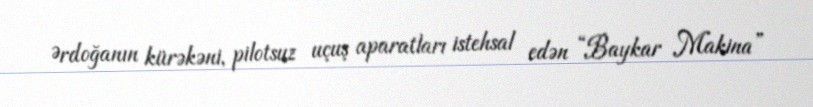
Ərdoğanın kürəkəni, pilotsuz uçuş aparatları istehsal edən “Baykar Makina”